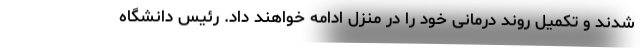
شدند و تکمیل روند درمانی خود را در منزل ادامه خواهند داد. رئیس دانشگاه